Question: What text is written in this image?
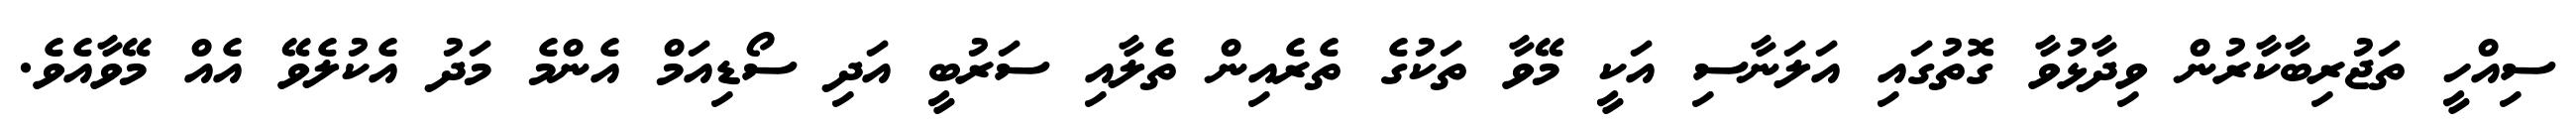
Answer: ސިއްހީ ތަޖުރިބާކާރުން ވިދާޅުވާ ގޮތުގައި އަލަނާސި އަކީ މޭވާ ތަކުގެ ތެރެއިން ތެލާއި ސަރުބީ އަދި ސޯޑިއަމް އެންމެ މަދު އެކުލެވޭ އެއް މޭވާއެވެ.